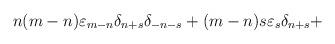
LaTeX: \begin{align*}n(m-n) {\varepsilon}_{m-n} {\delta}_{n+s} {\delta}_{-n-s} +(m-n) s {\varepsilon}_s {\delta}_{n+s} +\end{align*}